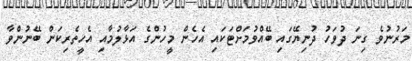
މަރުނުވެ ގިނަ ދުވަހު ދުނިޔޭގައި ބޭއްވުމަށްޓަކައި އެހެން މީހުންގެ އަޅާލުމާއި އެހީތެރިކަން ބޭނުންވާ